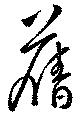
舊